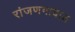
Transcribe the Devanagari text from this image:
रांजणगावात